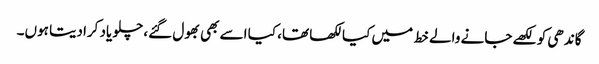
گاندھی کو لکھے جانے والے خط میں کیا لکھا تھا، کیا اسے بھی بھول گئے، چلو یاد کرادیتا ہوں۔